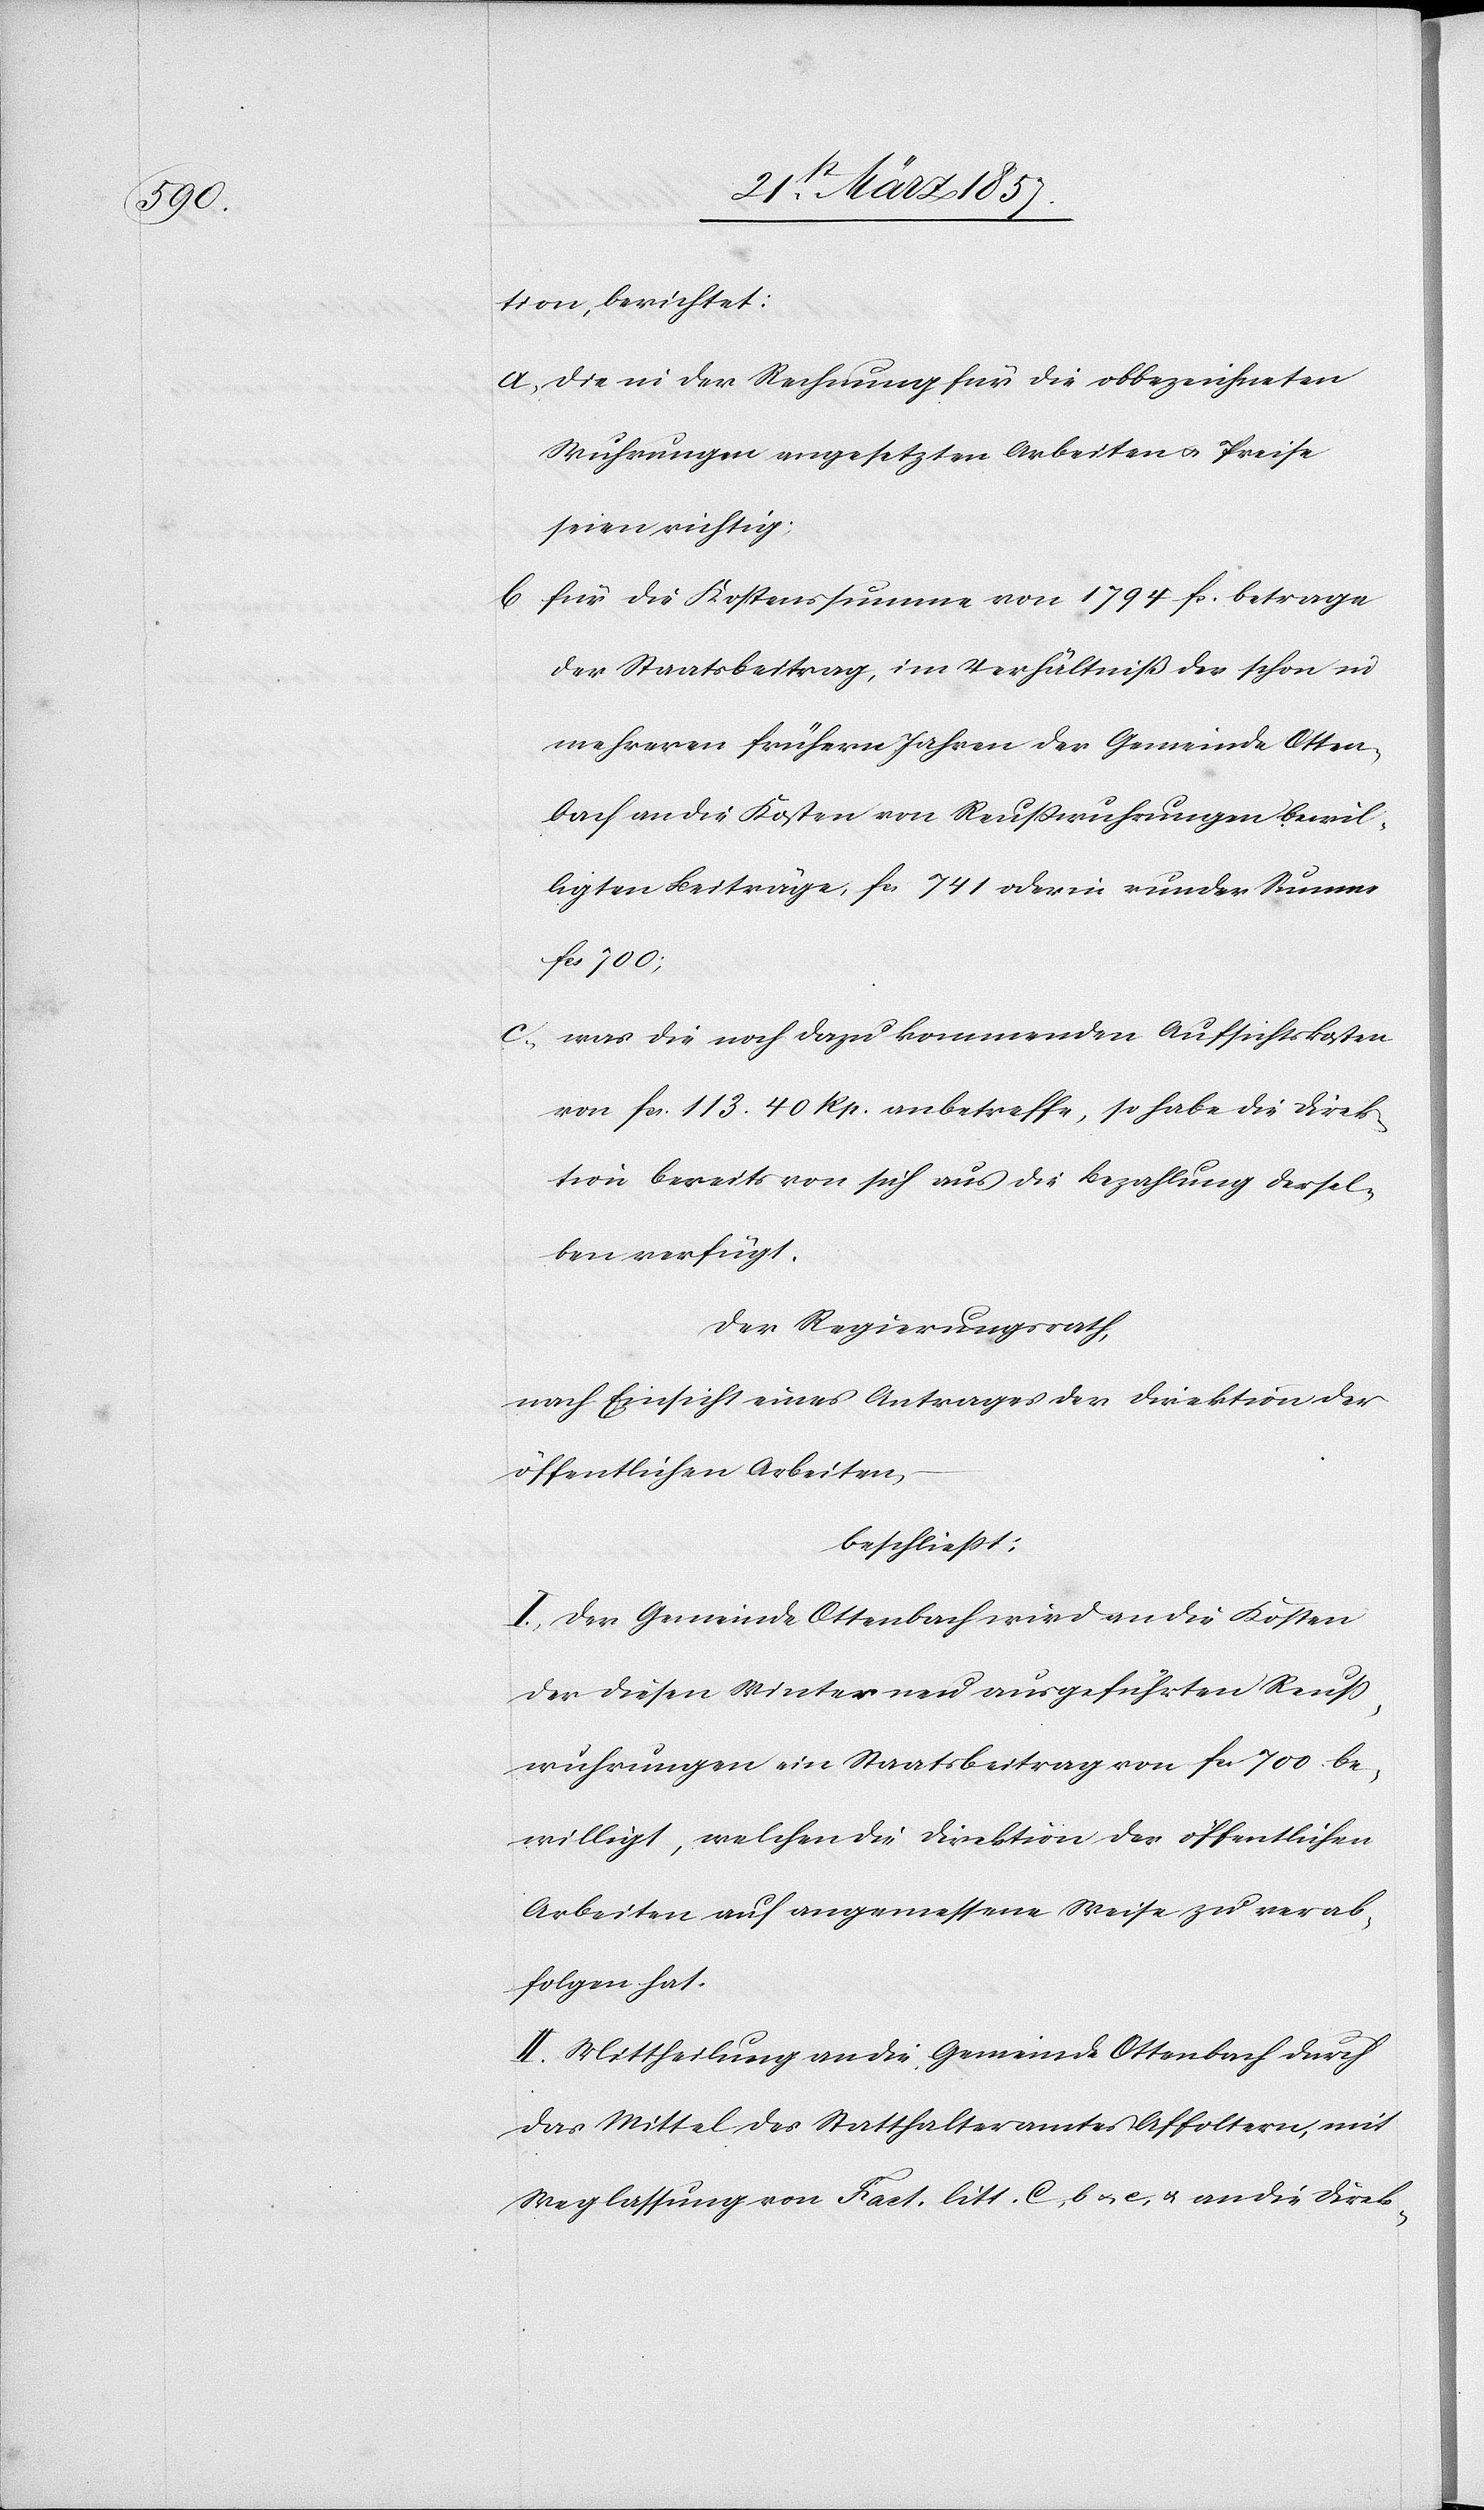
tion, berichtet:
a. Die in der Rechnung für die obbezeichneten
Wuhrungen angesetzten Arbeiten u. Preise
seien richtig.
b. für die Kostenssumme von 1794 fr. betrage
der Staatsbeitrag, im Verhältniß der schon in
mehreren frühern Jahren der Gemeinde Otten¬
bach an die Kosten von Reußwuhrungen bewil¬
ligten Beiträge, fr. 741 oder in runder Summe
fr. 700;
c. was die noch dazu kommenden Aufsichtskosten
von fr. 113. 40 Rp. anbetreffe, so habe die Direk¬
tion bereits von sich aus die Bezahlung dersel¬
ben verfügt.
Der Regierungsrath
nach Einsicht eines Antrages der Direktion der
öffentlichen Arbeiten,
beschließt
I. Der Gemeinde Ottenbach wird an die Kosten
der diesen Winter neu ausgeführten Reuß¬
wuhrungen ein Staatsbeitrag von fr. 700 be¬
willigt, welchen die Direktion der öffentlichen
Arbeiten auf angemessene Weise zu verab¬
folgen hat.
II. Mittheilung an die Gemeinde Ottenbach durch
das Mittel des Statthalteramtes Affoltern, mit
Weglassung von Fact. litt. C, b u. e, u. an die Direk-